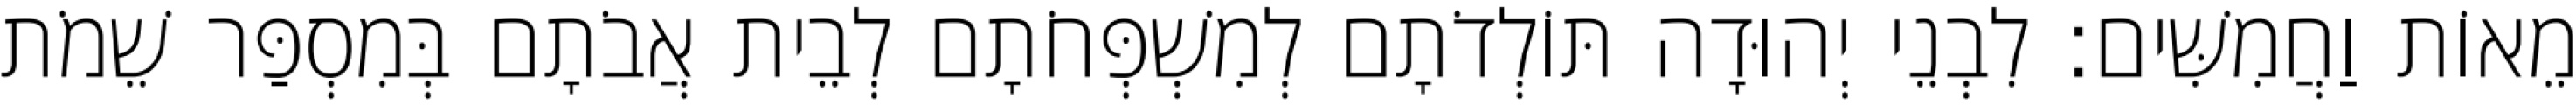
מֵאוֹת וַחֲמִשִּׁים׃ לִבְנֵי יְהוּדָה תּוֹלְדֹתָם לְמִשְׁפְּחֹתָם לְבֵית אֲבֹתָם בְּמִסְפַּר שֵׁמֹת